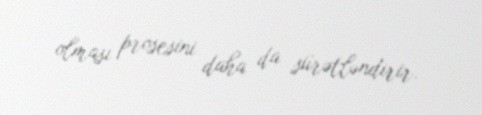
olması prosesini daha da sürətləndirir.